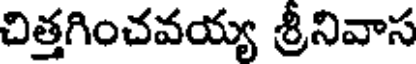
చిత్తగించవయ్య శ్రీనివాస